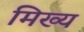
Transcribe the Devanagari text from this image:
मिख्य